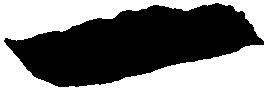
一